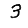
Digit: 3